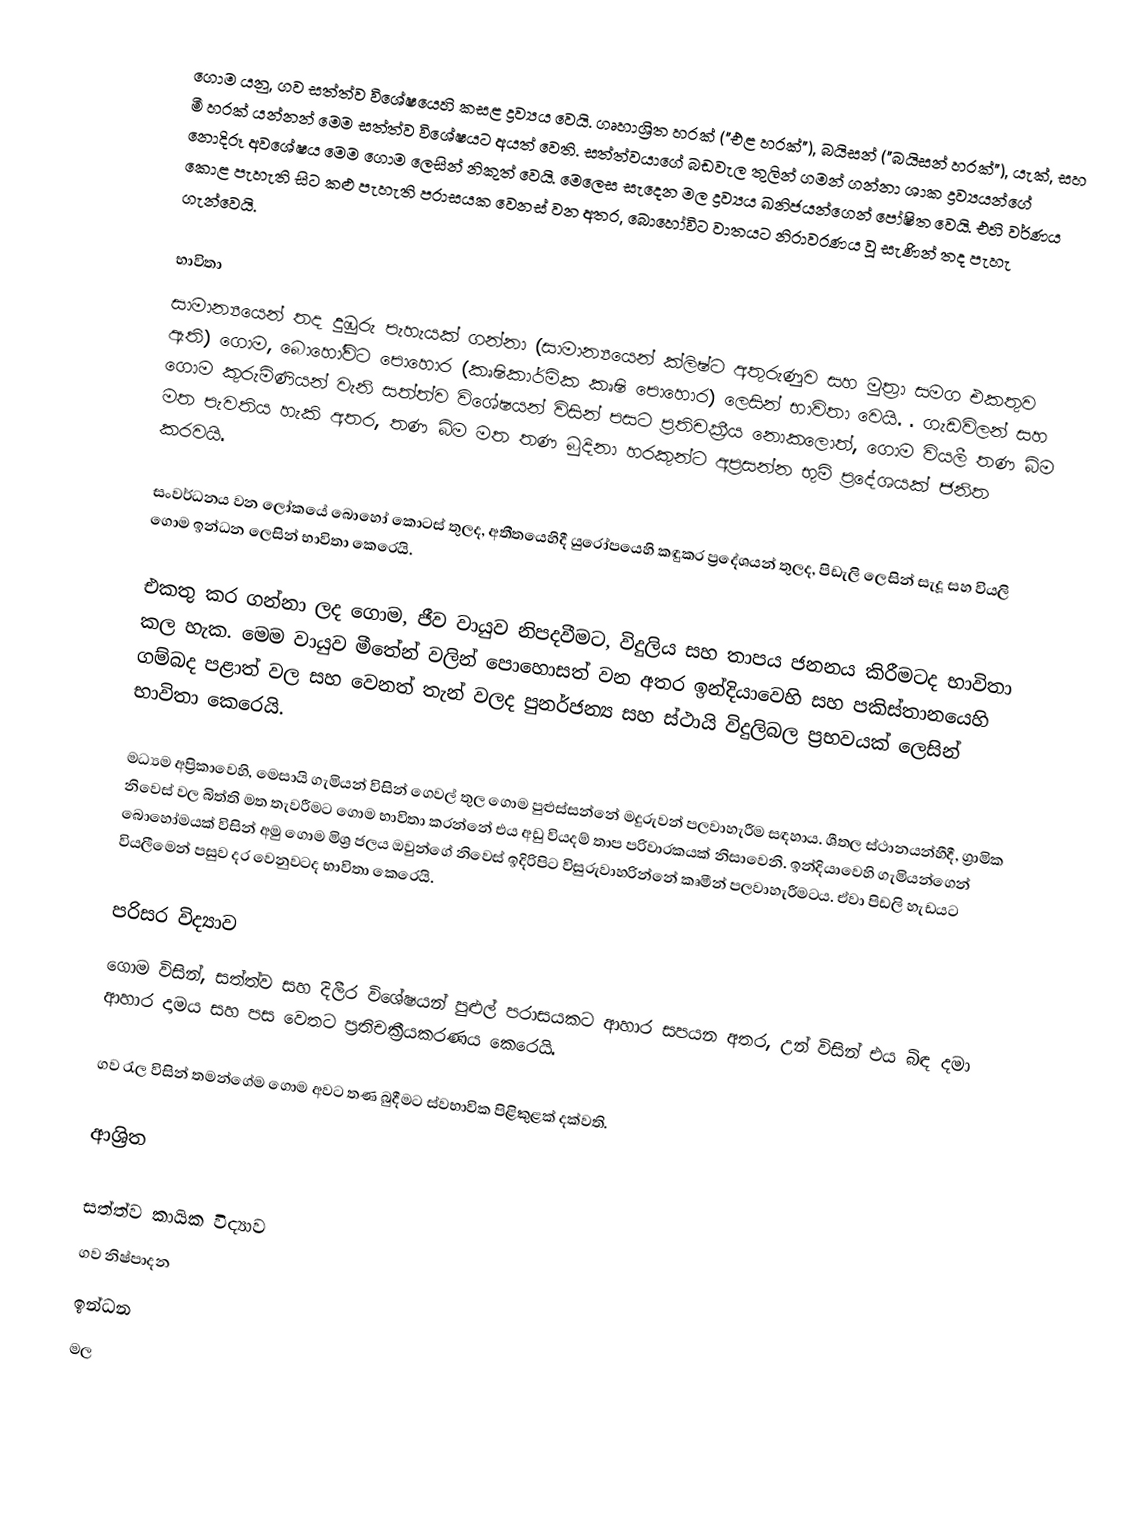
ගොම යනු, ගව සත්ත්ව විශේෂයෙහි කසළ ද්‍රව්‍යය වෙයි. ගෘහාශ්‍රිත හරක් ("එළ හරක්"), බයිසන් ("බයිසන් හරක්"), යැක්, සහ මී හරක් යන්නන් මෙම සත්ත්ව විශේෂයට අයත් වෙති. සත්ත්වයාගේ බඩවැල තුලින් ගමන් ගන්නා ශාක ද්‍රව්‍යයන්ගේ නොදිරූ අවශේෂය මෙම ගොම ලෙසින් නිකුත් වෙයි. මෙලෙස සැදෙන මල ද්‍රව්‍යය ඛනිජයන්ගෙන් පෝෂිත වෙයි. එහි වර්ණය කොළ පැහැති සිට කළු පැහැති පරාසයක වෙනස් වන අතර, බොහෝවිට වාතයට නිරාවරණය වූ සැණින් තද පැහැ ගැන්වෙයි.

භාවිතා
සාමාන්‍යයෙන් තද දුඹුරු පැහැයක් ගන්නා (සාමාන්‍යයෙන් ක්ලිෂ්ට අතුරුණුව සහ මුත්‍රා  සමග එකතුව ඇති) ගොම, බොහෝවිට  පොහොර (කෘෂිකාර්මික කෘෂි පොහොර) ලෙසින් භාවිතා වෙයි. . ගැඩවිලන් සහ  ගොම කුරුමිණියන් වැනි සත්ත්ව විශේෂයන් විසින් පසට ප්‍රතිචක්‍රීය නොකලොත්, ගොම වියලී  තණ බිම මත පැවතිය හැකි අතර, තණ බිම මත තණ බුදිනා හරකුන්ට අප්‍රසන්න භුමි ප්‍රදේශයක් ජනිත කරවයි.

සංවර්ධනය වන ලෝකයේ බොහෝ කොටස් තුලද, අතීතයෙහිදී  යුරෝපයෙහි කඳුකර ප්‍රදේශයන් තුලද, පිඩැලි ලෙසින් සැදූ සහ වියලි ගොම ඉන්ධන ලෙසින් භාවිතා කෙරෙයි.

එකතු කර ගන්නා ලද ගොම, ජීව වායුව නිපදවීමට,  විදුලිය සහ තාපය ජනනය කිරීමටද භාවිතා කල හැක. මෙම වායුව මීතේන් වලින් පොහොසත් වන අතර ඉන්දියාවෙහි සහ පකිස්තානයෙහි ගම්බද පළාත් වල සහ වෙනත් තැන් වලද  පුනර්ජන්‍ය සහ ස්ථායි විදුලිබල ප්‍රභවයක් ලෙසින් භාවිතා කෙරෙයි.

මධ්‍යම අප්‍රිකාවෙහි, මෙසායි ගැමියන් විසින් ගෙවල් තුල ගොම පුළුස්සන්නේ  මදුරුවන් පලවාහැරීම සඳහාය. ශීතල ස්ථානයන්හීදී, ග්‍රාමික නිවෙස් වල බිත්ති මත තැවරීමට ගොම භාවිතා කරන්නේ එය අඩු වියදම් තාප පරිවාරකයක් නිසාවෙනි. ඉන්දියාවෙහි ගැමියන්ගෙන් බොහෝමයක් විසින් අමු ගොම මිශ්‍ර ජලය ඔවුන්ගේ නිවෙස් ඉදිරිපිට විසුරුවාහරින්නේ කෘමීන් පලවාහැරීමටය. ඒවා පිඩලි හැඩයට වියලීමෙන් පසුව දර වෙනුවටද භාවිතා කෙරෙයි.

පරිසර විද්‍යාව
ගොම විසින්, සත්ත්ව සහ දිලීර විශේෂයන් පුළුල් පරාසයකට  ආහාර සපයන අතර, උන් විසින් එය බිඳ දමා  ආහාර දාමය සහ පස වෙතට ප්‍රතිචක්‍රීයකරණය කෙරෙයි.

ගව රැල විසින් තමන්ගේම ගොම අවට තණ බුදීමට ස්වභාවික පිළිකුළක් දක්වති.

ආශ්‍රිත

සත්ත්ව කායික විද්‍යාව
ගව නිෂ්පාදන
ඉන්ධන
මල